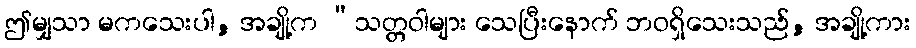
ဤမျှသာ မကသေးပါ, အချို့က “သတ္တဝါများ သေပြီးနောက် ဘဝရှိသေးသည်, အချို့ကား